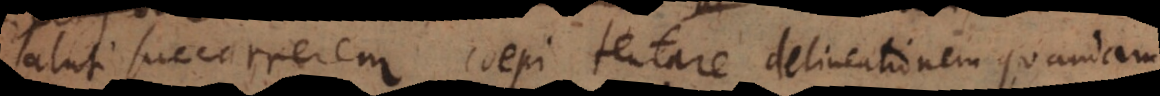
saluti succurrerem coepi tentare delineationem quandam